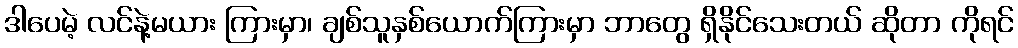
ဒါပေမဲ့ လင်နဲ့မယား ကြားမှာ၊ ချစ်သူနှစ်ယောက်ကြားမှာ ဘာတွေ ရှိနိုင်သေးတယ် ဆိုတာ ကိုရင်